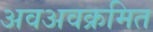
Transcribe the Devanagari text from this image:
अवअवक्रमित